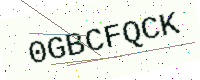
Text: 0GBCFQCK